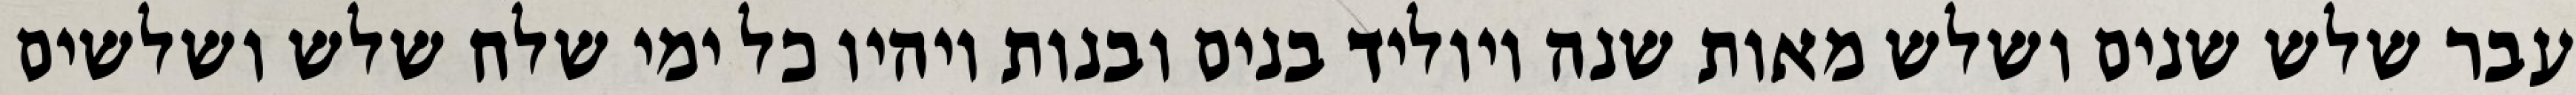
עבר שלש שנים ושלש מאות שנה ויוליד בנים ובנות ויהיו כל ימי שלח שלש ושלשים